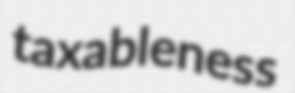
taxableness